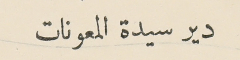
دير سيدة المعونات